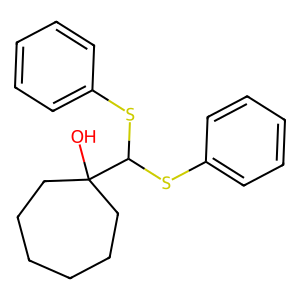
SMILES: OC1(C(Sc2ccccc2)Sc2ccccc2)CCCCCC1
Inhibits HIV replication: No